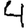
Digit: 4